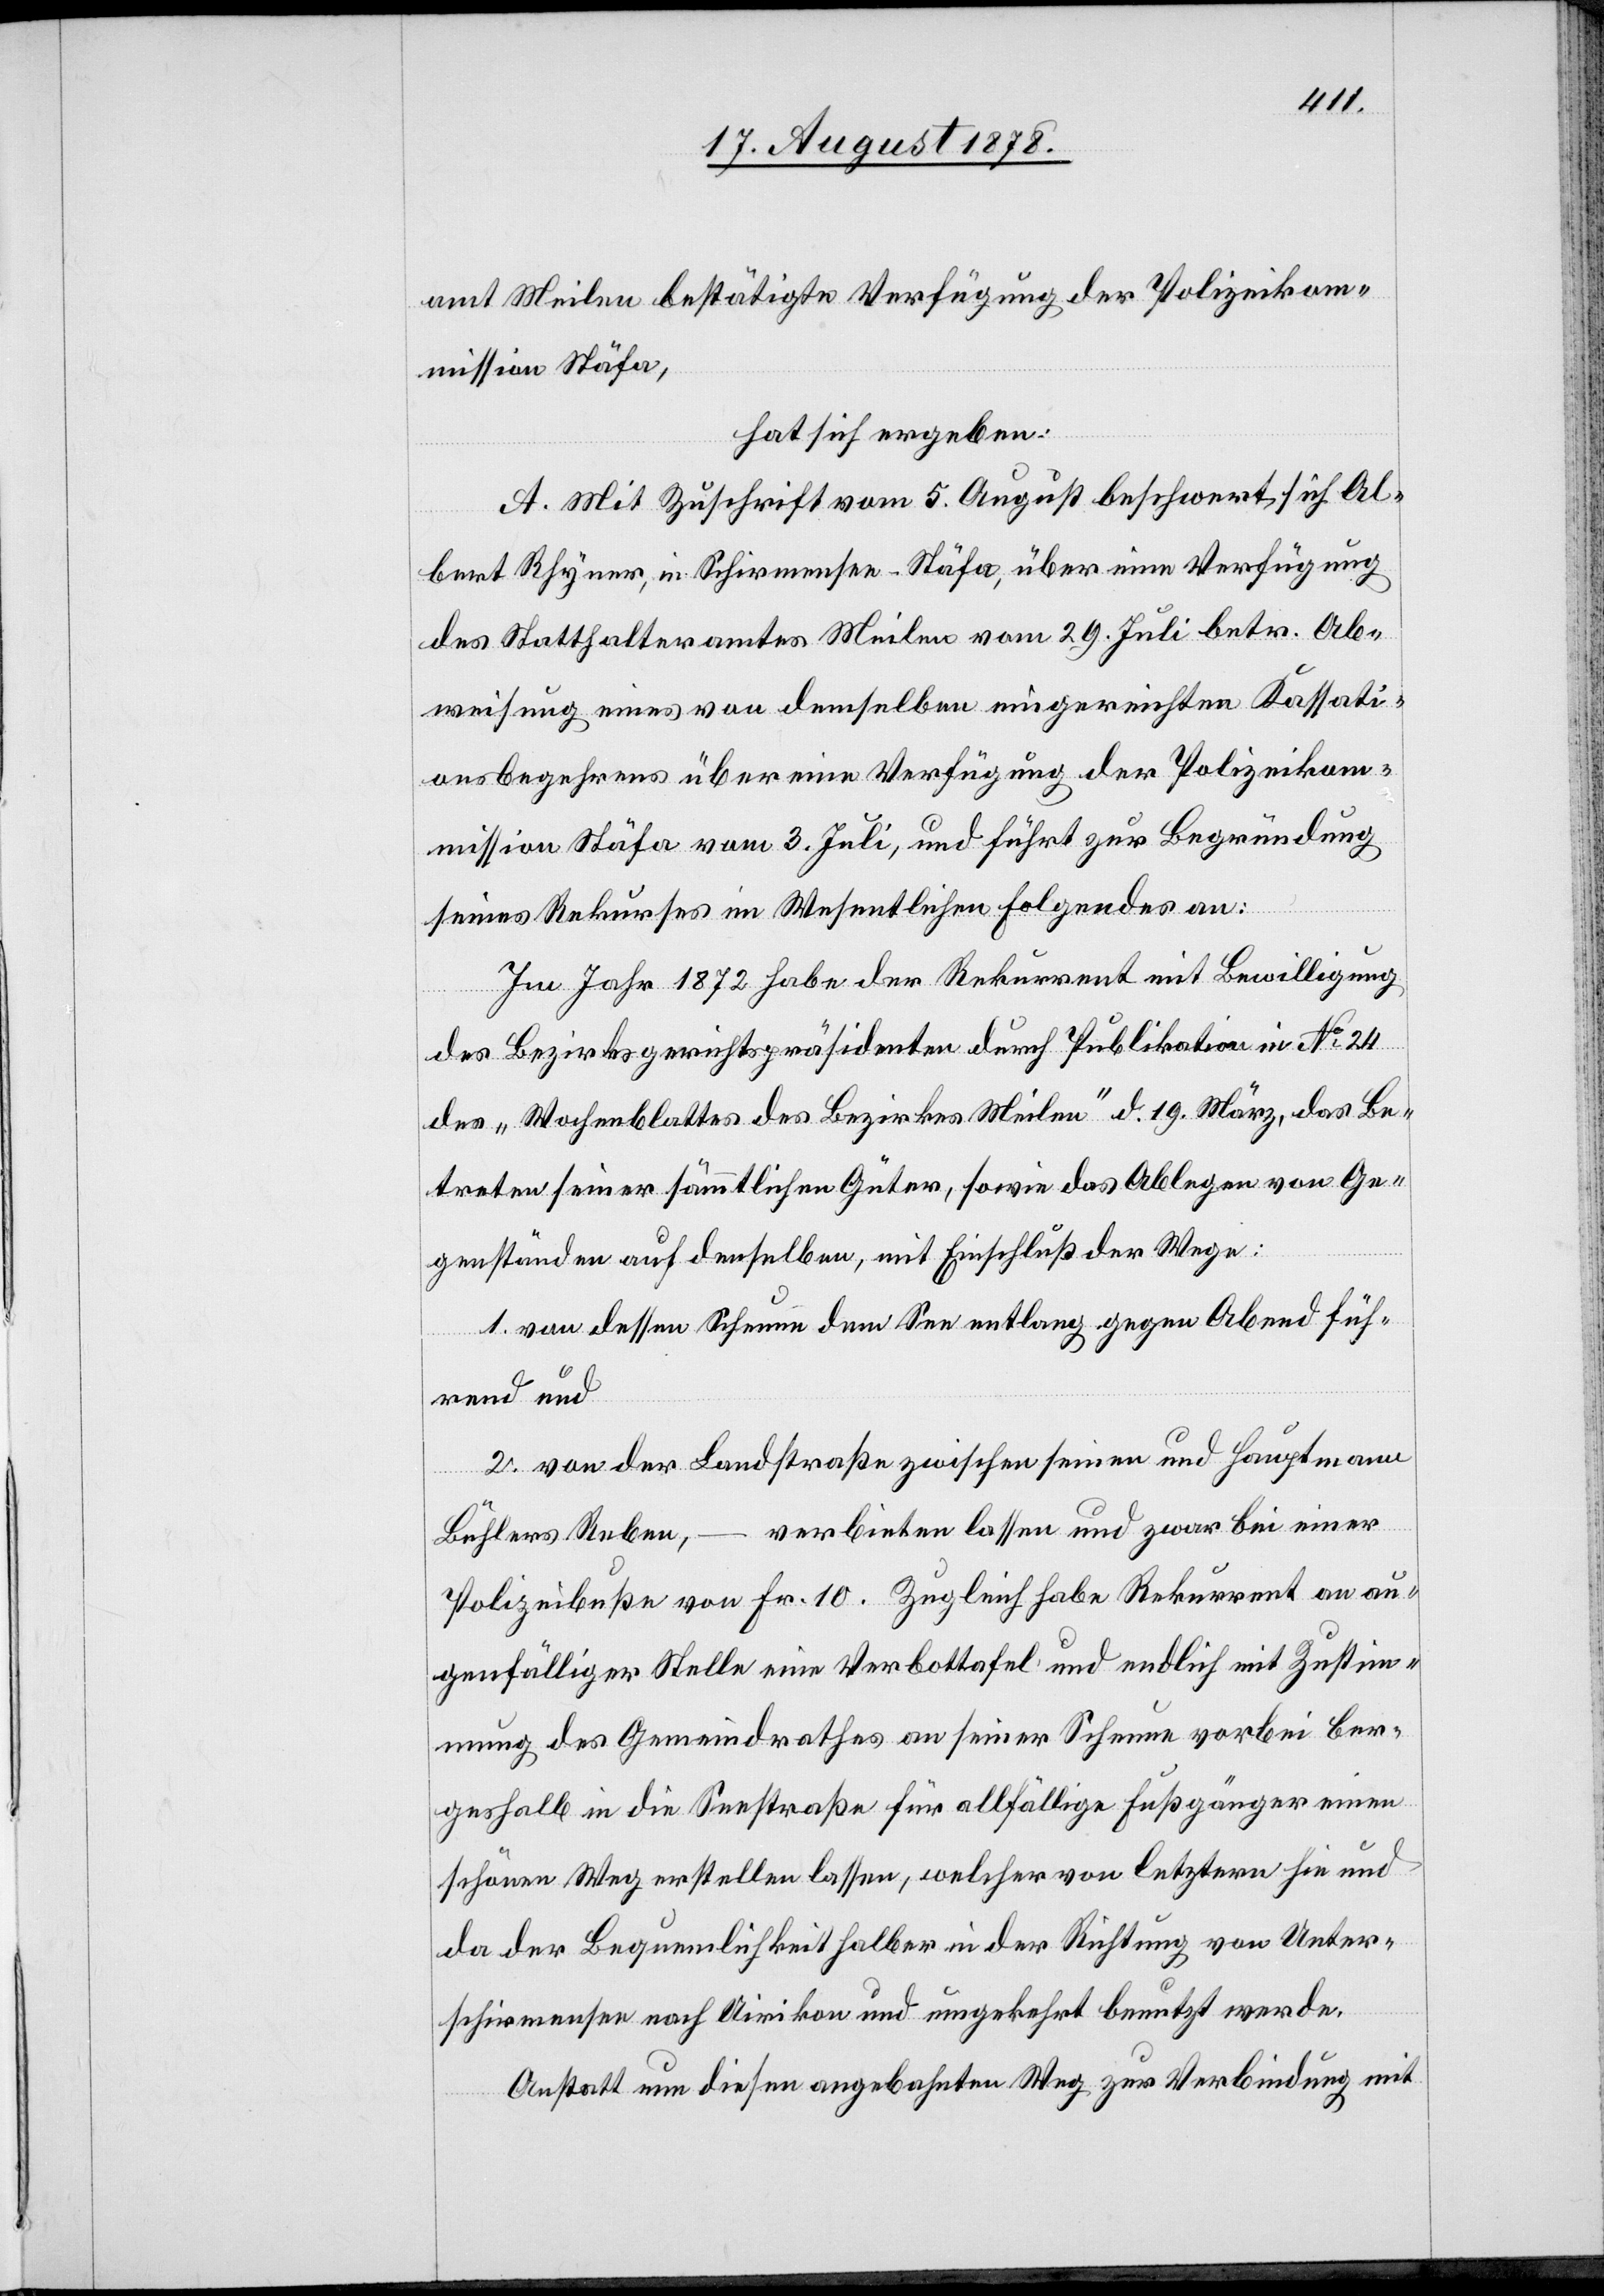
amt Meilen bestätigte Verfügung der Polizeiko¬
mmission Stäfa,
hat sich ergeben:
A. Mit Zuschrift vom 5. August beschwert sich Al¬
bert Rhyner, in Schirmensee - Stäfa, über eine Verfügung
des Statthalteramtes Meilen vom 29. Juli betr. Ab¬
weisung eines von demselben eingereichten Kassati¬
onsbegehrens über eine Verfügung der Polizeikom¬
mission Stäfa vom 3. Juli, und führt zur Begründung
seines Rekurses im Wesentlichen Folgendes an:
Im Jahr 1872 habe der Rekurrent mit Bewilligung
des Bezirksgerichtspräsidenten durch Publikation in No 24
des „Wochenblattes des Bezirkes Meilen“ d. 19. März, das Be¬
treten seiner sämmtlichen Güter, sowie das Ablegen von Ge¬
genständen auf denselben, mit Einschluß der Wege:
1. von dessen Scheune dem See entlang gegen Abend füh¬
rend und
2. von der Landstraße zwischen seinen und Hauptmann
Bühlers Reben, – verbieten lassen und zwar bei einer
Polizeibuße von Fr. 10. Zugleich habe Rekurrent an au¬
genfälliger Stelle eine Verbottafel und endlich mit Zustim¬
mung des Gemeindrathes an seiner Scheune vorbei ber¬
geshalb in die Seestraße für allfällige Fußgänger einen
schönen Weg erstellen lassen, welcher von letztern hie und
da der Bequemlichkeit halber in der Richtung von Unter¬
schirmensee nach Uirikon [recte: Uerikon] und umgekehrt benutzt werde.
Anstatt nun diesen angebahnten Weg zur Verbindung mit